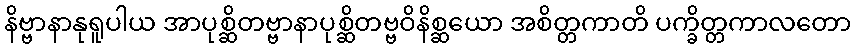
နိဗ္ဗာနာနုရူပါယ အာပုစ္ဆိတဗ္ဗာနာပုစ္ဆိတဗ္ဗဝိနိစ္ဆယော အစိတ္တကာတိ ပက္ခိတ္တကာလတော